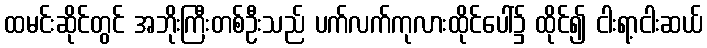
ထမင်းဆိုင်တွင် အဘိုးကြီးတစ်ဦးသည် ပက်လက်ကုလားထိုင်ပေါ်၌ ထိုင်၍ ငါးရာ့ငါးဆယ်